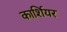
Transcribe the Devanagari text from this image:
कार्शियर